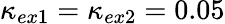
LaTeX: \kappa_{ex1}=\kappa_{ex2}=0.05